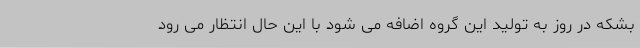
بشکه در روز به تولید این گروه اضافه می شود با این حال انتظار می رود